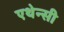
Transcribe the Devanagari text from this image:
एथेन्सी